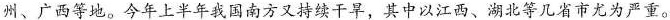
州、广西等地。今年上半年我国南方又持续干旱，其中以江西、湖北等几省市尤为严重。